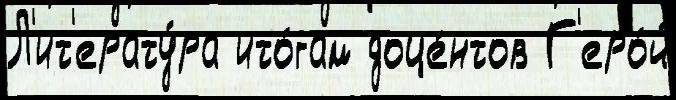
Л'ит'ерату́ра ито́гам доце́нтов Г'еро́й